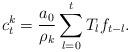
LaTeX: \begin{align*} c^k_t=\frac{a_0}{\rho_k}\sum_{l=0}^{t}T_lf_{t-l}.\end{align*}